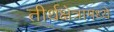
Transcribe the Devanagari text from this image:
तीर्थक्षेत्रामध्ये